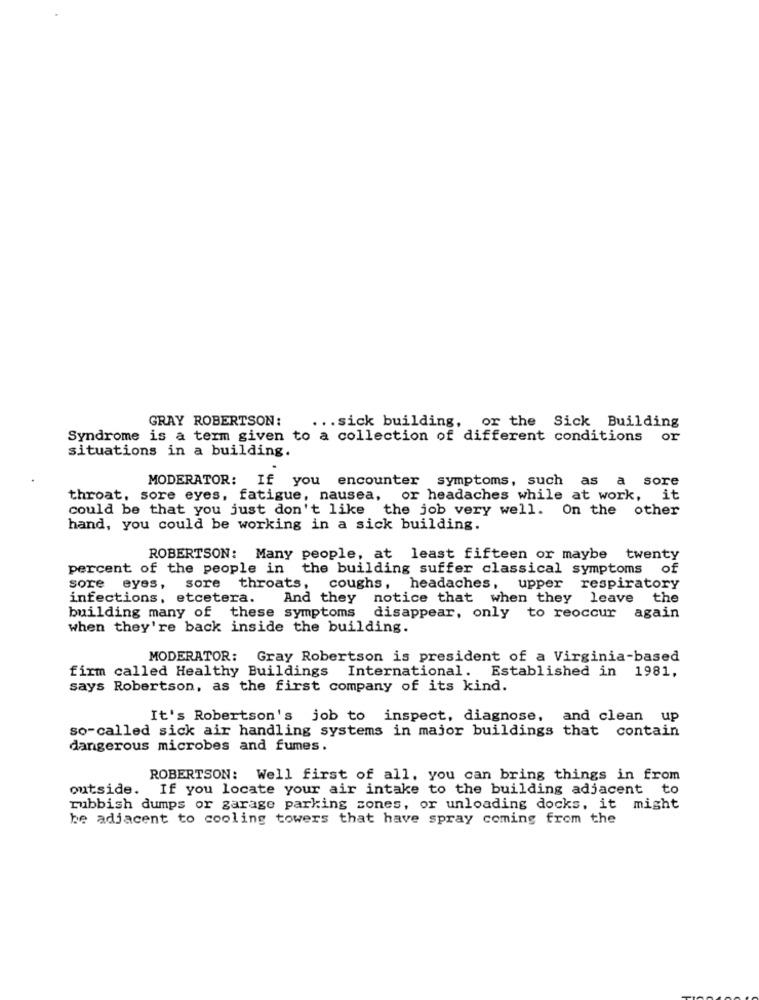
GRAY ROBERTSON:
... sick building, or the Sick Building
Syndrome is a term given to a collection of different conditions or
situations in a building.
MODERATOR: If you encounter symptoms, such as a sore
throat, sore eyes, fatigue, nausea, or headaches while at work, it
could be that you just don't like the job very well. On the other
hand, you could be working in a sick building.
ROBERTSON: Many people, at least fifteen or maybe twenty
percent of the people in the building suffer classical symptoms of
sore eyes, sore
throats, coughs, headaches, upper respiratory
infections, etcetera.
And they
notice that when they leave
the
building many of these symptoms
disappear, only to reoccur again
when they're back inside the building.
MODERATOR: Gray Robertson is president of a Virginia-based
firm called Healthy Buildings International. Established in 1981,
says Robertson, as the first company of its kind.
It's Robertson's job to inspect, diagnose,
and clean up
so-called sick air handling systems in major buildings that contain
dangerous microbes and fumes.
ROBERTSON: Well first of all, you can bring things in from
outside. If you locate your air intake to the building adjacent to
rubbish dumps or garage parking zones, or unloading docks, it might
be adjacent to cooling towers that have spray coming from the